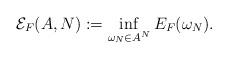
LaTeX: \begin{align*} \mathcal{E}_F(A,N):=\inf_{\omega_N\in A^N} E_F(\omega_N). \end{align*}